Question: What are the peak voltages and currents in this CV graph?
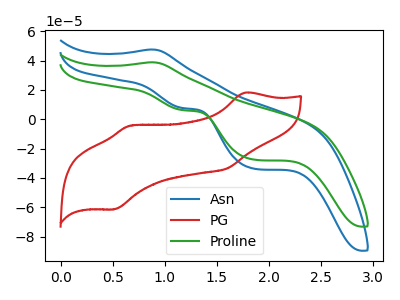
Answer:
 <answer>The blue curve "Asn" has an anodic peak at (0.85V, 47.50uA) and cathodic peaks at (1.15V, 7.60uA) (1.85V, -33.75uA). The red curve "PG" has anodic peaks at (1.75V, 18.05uA) (0.65V, -4.35uA) and cathodic peaks at (1.60V, -33.55uA) (0.50V, -61.40uA). The green curve "Proline" has an anodic peak at (0.85V, 38.80uA) and cathodic peaks at (1.15V, 6.20uA) (1.85V, -27.55uA).</answer>
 <eval></eval>